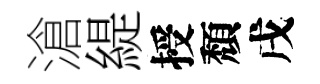
滄緹授頽戌